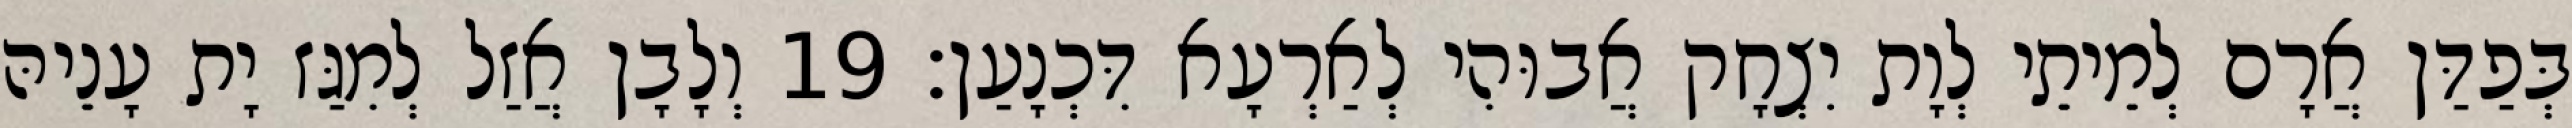
בְּפַדַּן אֲרָם לְמֵיתֵי לְוָת יִצְחָק אֲבוּהִי לְאַרְעָא דִּכְנָעַן׃ 19 וְלָבָן אֲזַל לְמִגַּז יָת עָנֵיהּ